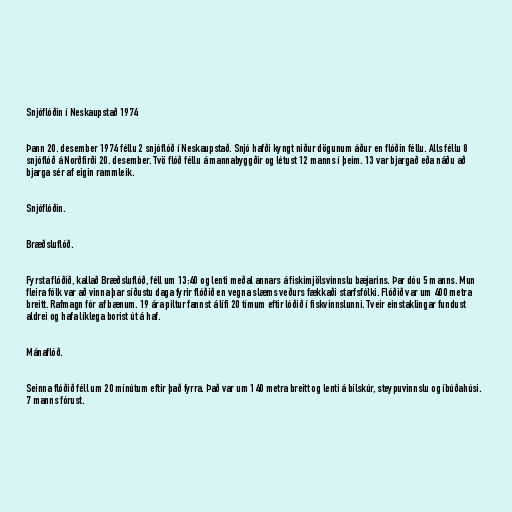
Snjóflóðin í Neskaupstað 1974

Þann 20. desember 1974 féllu 2 snjóflóð í Neskaupstað. Snjó hafði kyngt niður dögunum áður en flóðin féllu. Alls féllu 8
snjóflóð á Norðfirði 20. desember. Tvö flóð féllu á mannabyggðir og létust 12 manns í þeim. 13 var bjargað eða náðu að
bjarga sér af eigin rammleik.

Snjóflóðin.

Bræðsluflóð.

Fyrsta flóðið, kallað Bræðsluflóð, féll um 13:40 og lenti meðal annars á fiskimjölsvinnslu bæjarins. Þar dóu 5 manns. Mun
fleira fólk var að vinna þar síðustu daga fyrir flóðið en vegna slæms veðurs fækkaði starfsfólki. Flóðið var um 400 metra
breitt. Rafmagn fór af bænum. 19 ára piltur fannst á lífi 20 tímum eftir lóðið í fiskvinnslunni. Tveir einstaklingar fundust
aldrei og hafa líklega borist út á haf.

Mánaflóð.

Seinna flóðið féll um 20 mínútum eftir það fyrra. Það var um 140 metra breitt og lenti á bílskúr, steypuvinnslu og íbúðahúsi.
7 manns fórust.